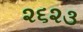
૨૬૨૩